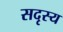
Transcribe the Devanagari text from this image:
सदृस्य